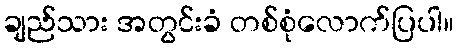
ချည်သား အတွင်းခံ တစ်စုံလောက်ပြပါ။